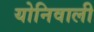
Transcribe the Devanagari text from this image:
योनिवाली